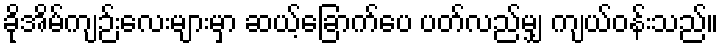
ခိုအိမ်ကျဉ်းလေးများမှာ ဆယ့်ခြောက်ပေ ပတ်လည်မျှ ကျယ်ဝန်းသည်။